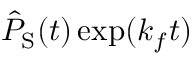
\hat { P } _ { \mathrm { S } } ( t ) \exp ( k _ { f } t )